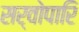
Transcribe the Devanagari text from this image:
सर्वोपारि